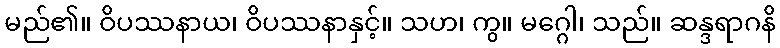
မည်၏။ ဝိပဿနာယ၊ ဝိပဿနာနှင့်။ သဟ၊ ကွ။ မဂ္ဂေါ၊ သည်။ ဆန္ဒရာဂနိ